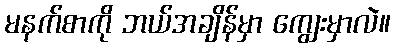
မနက်စာကို ဘယ်အချိန်မှာ ကျွေးမှာလဲ။